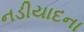
નડીયાદના